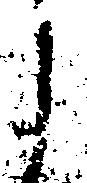
し